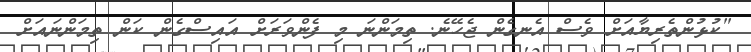
"ކުޅުންތެރިޔާއަށް ވެސް އެނގެން ޖެހޭނެ. ތިމަންނަ މި ފެންވަރަށް އައިސްގެން ކަން ތިމަންނައަށް